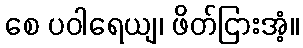
စေ ပဝါရေယျ၊ ဖိတ်ငြားအံ့။